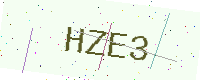
Text: HZE3